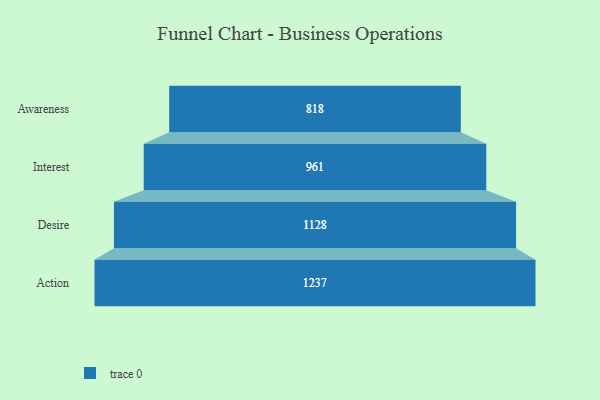
{"axis": {"x": "Stage", "y": "Value"}, "legend": [""], "data": [{"x": "Awareness", "y": 818.0, "type": ""}, {"x": "Interest", "y": 961.0, "type": ""}, {"x": "Desire", "y": 1128.0, "type": ""}, {"x": "Action", "y": 1237.0, "type": ""}]}